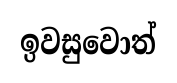
ඉවසුවොත්